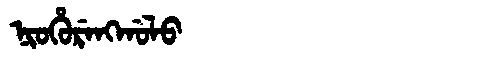
Manchu: ᠨᡳᠣᡥᡠᡵᡝᠩᡤᠣᠯᠣ
Romanization: NIOHURENGGOLO